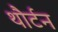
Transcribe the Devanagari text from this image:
थौर्टन